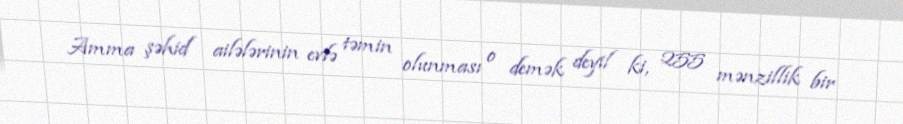
Amma şəhid ailələrinin evlə təmin olunması o demək deyil ki, 255 mənzillik bir